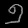
Digit: ၅